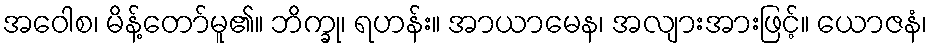
အဝေါစ၊ မိန့်တော်မူ၏။ ဘိက္ခု၊ ရဟန်း။ အာယာမေန၊ အလျားအားဖြင့်။ ယောဇနံ၊